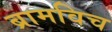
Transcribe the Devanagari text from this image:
ब्रामविच